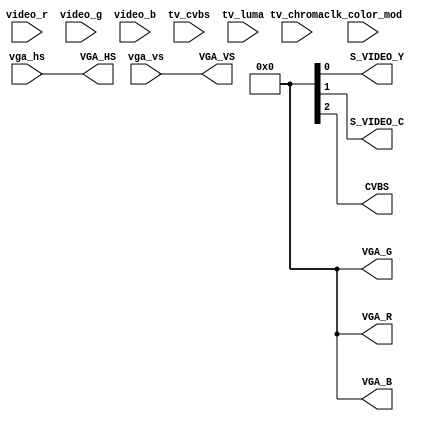
// ====================================================================
//                         VECTOR-06C FPGA REPLICA
//
//               Copyright (C) 2007-2016 Viacheslav Slavinsky
//
// This core is distributed under modified BSD license. 
// For complete licensing information see LICENSE.TXT.
// -------------------------------------------------------------------- 
//
// Video outputs, modulated and regular
//
// --------------------------------------------------------------------


`default_nettype none

module videomod(
input clk_color_mod,

input [3:0] video_r,
input [3:0] video_g,
input [3:0] video_b,
input       vga_hs,
input       vga_vs,
input [4:0] tv_cvbs,
input [4:0] tv_luma,
input [4:0] tv_chroma,

output VGA_HS,
output VGA_VS,
output [3:0] VGA_R,
output [3:0] VGA_G,
output [3:0] VGA_B,
output S_VIDEO_Y,
output S_VIDEO_C,
output CVBS

);


wire [3:0] tv_out;

`ifdef WITH_COMPOSITE
    `ifdef COMPOSITE_PWM
        reg [5:0] cvbs_pwm;
        always @(posedge clk_color_mod)
            cvbs_pwm <= cvbs_pwm[4:0] + tv_cvbs[4:0];
        assign tv_out = {4{cvbs_pwm[5]}};
    `else
        assign tv_out = tv_luma[3:0];
    `endif
`else
    assign tv_out = 4'b0;
`endif

`ifdef WITH_SVIDEO
    reg [5:0] luma_pwm;
    reg [5:0] chroma_pwm;
    always @(posedge clk_color_mod) begin
        luma_pwm <= luma_pwm[4:0] + tv_luma[4:0];
        chroma_pwm <= chroma_pwm[4:0] + tv_chroma[4:0];
    end
    assign S_VIDEO_Y = luma_pwm[5];
    assign S_VIDEO_C = chroma_pwm[5];
`endif

`ifdef WITH_COMPOSITE 
    assign VGA_R = tv_out;
    assign VGA_G = tv_out;
    assign VGA_B = tv_out; 
`else
`ifdef WITH_VGA
    assign VGA_R = video_r;
    assign VGA_G = video_g;
    assign VGA_B = video_b; 
`else
    assign VGA_R = 4'b0;
    assign VGA_G = 4'b0;
    assign VGA_B = 4'b0; 
`endif    
`endif

assign VGA_VS = vga_vs;
assign VGA_HS = vga_hs;

endmodule